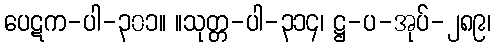
ပေဋက-ပါ-၃၀၁။ ။သုတ္တ-ပါ-၃၁၄၊ ဋ္ဌ-ပ-အုပ်-၂၈၉၊